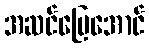
အဆင်ပြေအောင်